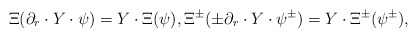
\begin{align*} \Xi(\partial_r\cdot Y\cdot\psi)=Y\cdot\Xi(\psi), \Xi^\pm(\pm\partial_r\cdot Y\cdot\psi^\pm)=Y\cdot\Xi^\pm(\psi^\pm), \end{align*}